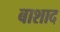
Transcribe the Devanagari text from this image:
बाशाद